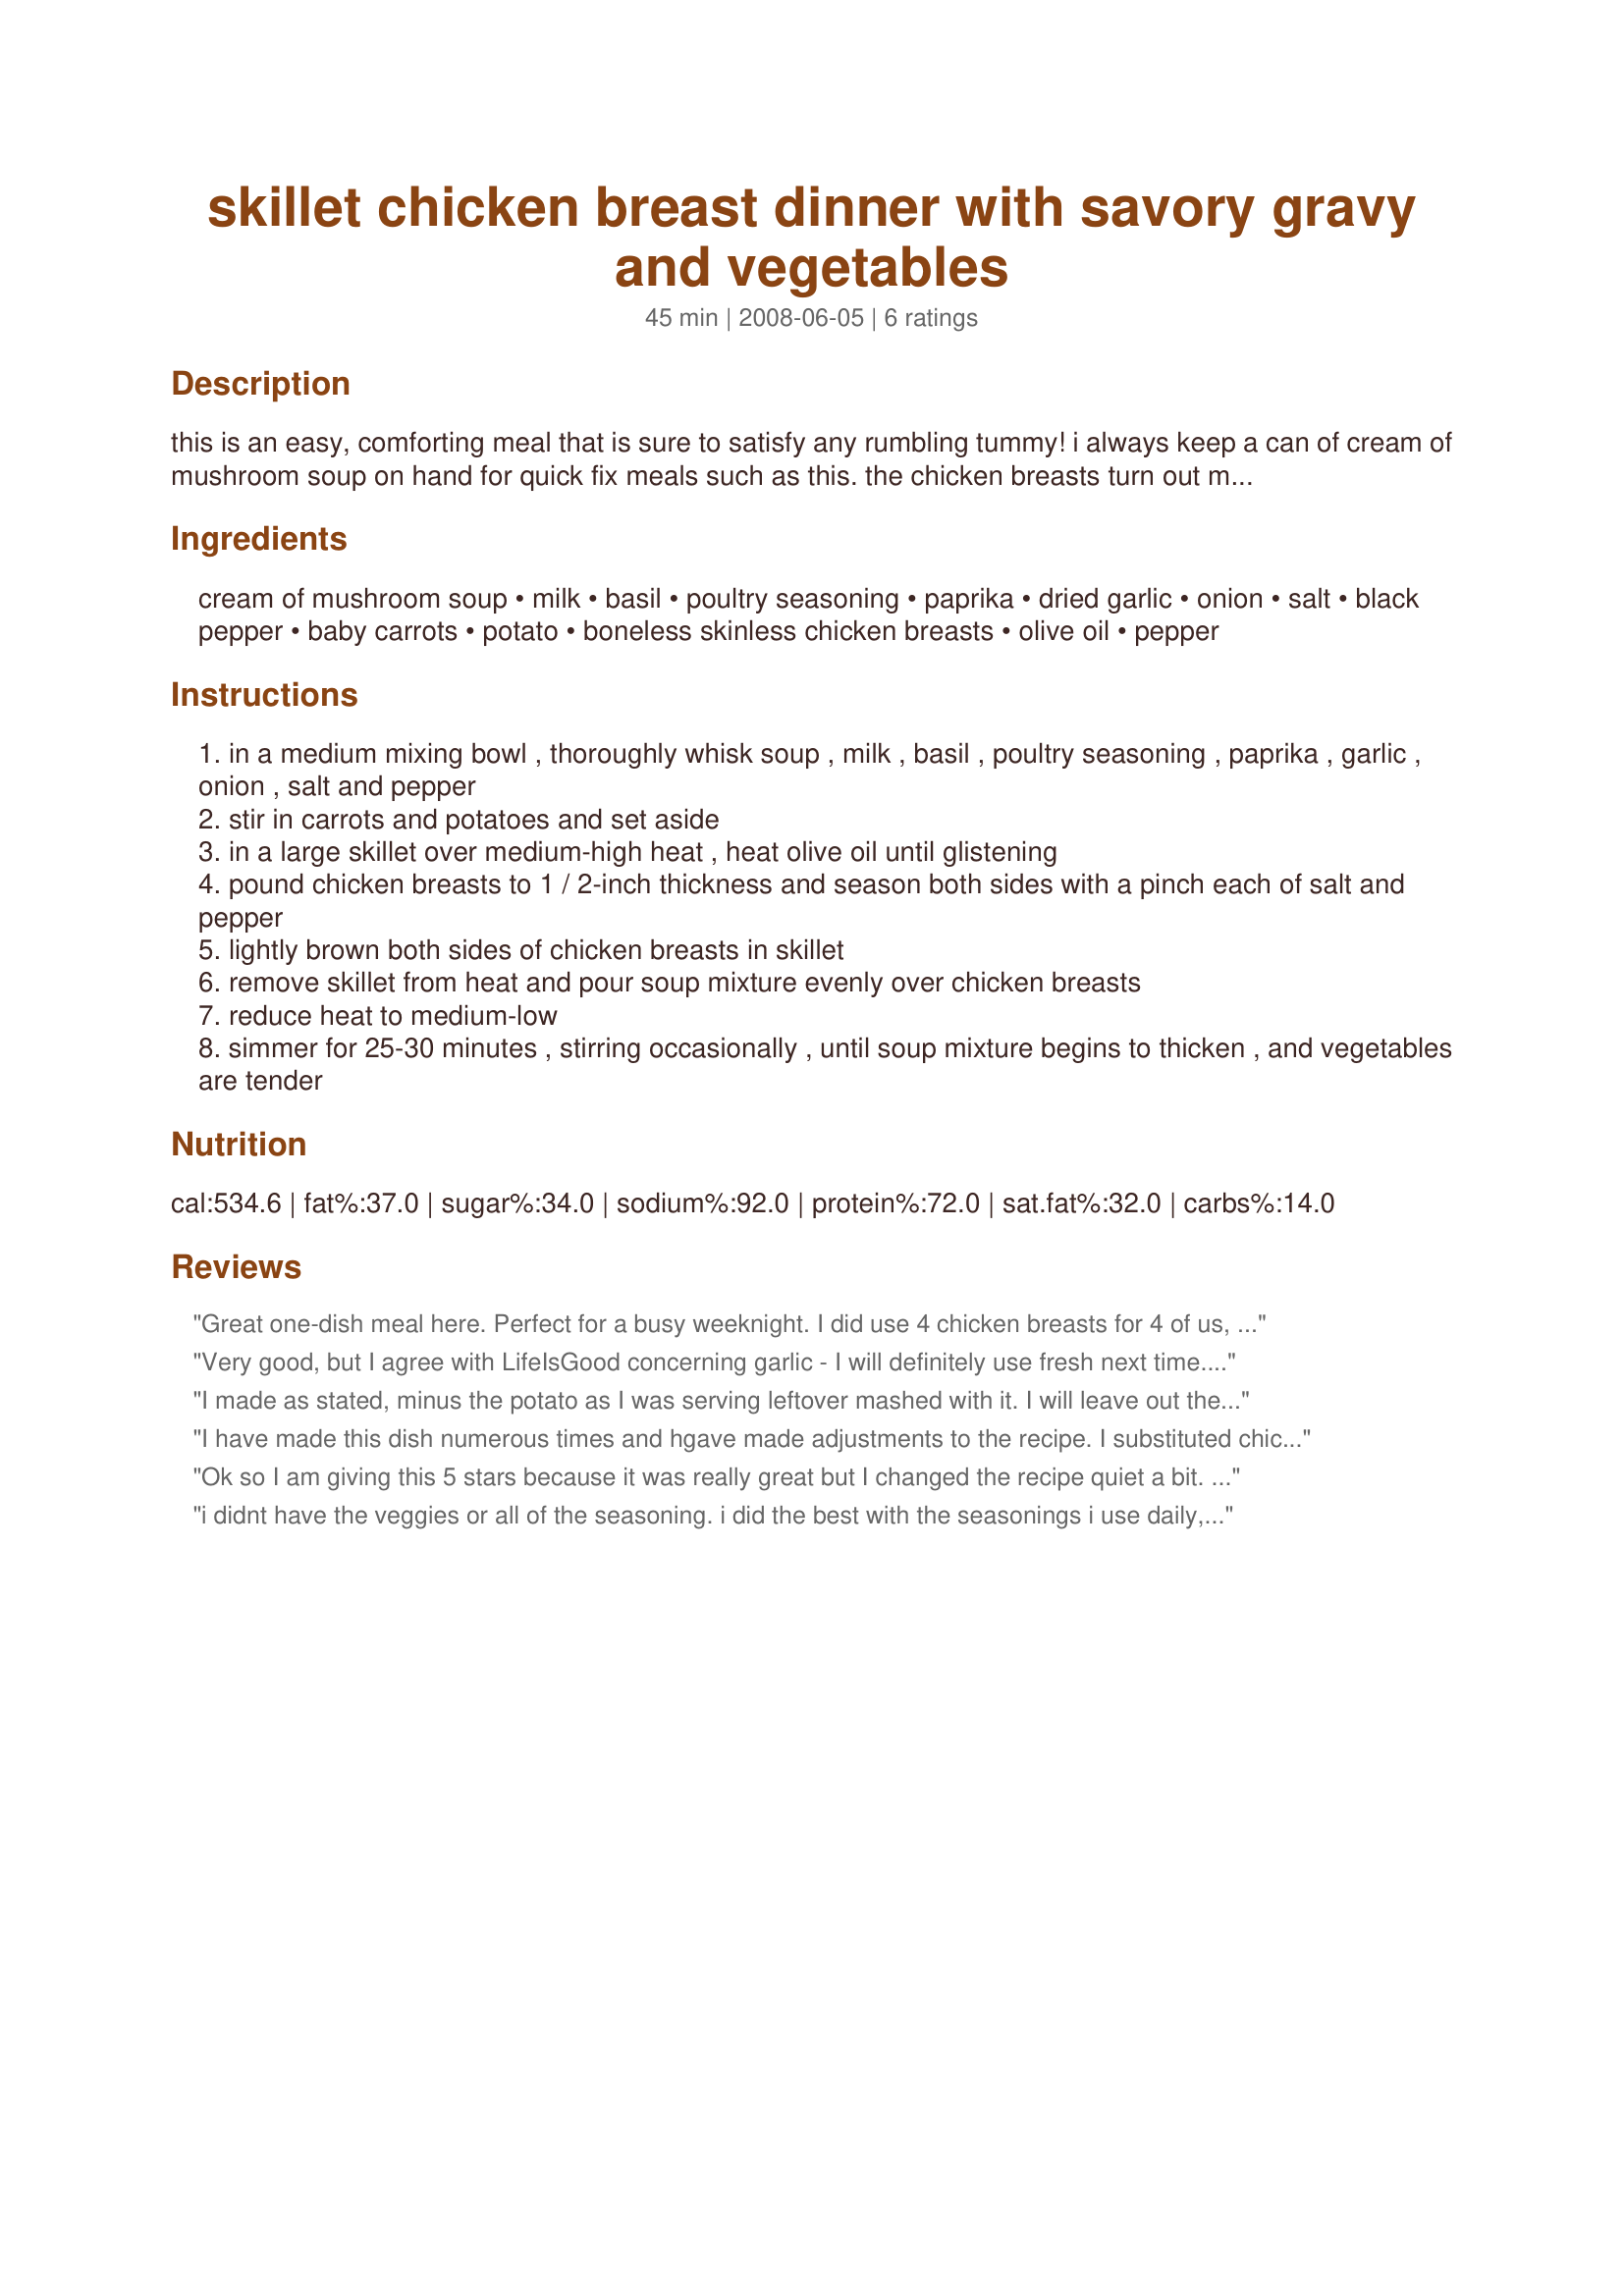
skillet chicken breast dinner with savory gravy and vegetables
Preparation time: 45 minutes

this is an easy, comforting meal that is sure to satisfy any rumbling tummy! i always keep a can of cream of mushroom soup on hand for quick fix meals such as this. the chicken breasts turn out moist and tender topped with savory gravy and vegetables. this meal is perfect for any busy weeknight and tastes like you spent all day cooking. my husband gives his approval, and i hope you will too. enjoy!

Ingredients:
cream of mushroom soup, milk, basil, poultry seasoning, paprika, dried garlic, onion, salt, black pepper, baby carrots, potato, boneless skinless chicken breasts, olive oil, pepper

Steps:
in a medium mixing bowl , thoroughly whisk soup , milk , basil , poultry seasoning , paprika , garlic , onion , salt and pepper
stir in carrots and potatoes and set aside
in a large skillet over medium-high heat , heat olive oil until glistening
pound chicken breasts to 1 / 2-inch thickness and season both sides with a pinch each of salt and pepper
lightly brown both sides of chicken breasts in skillet
remove skillet from heat and pour soup mixture evenly over chicken breasts
reduce heat to medium-low
simmer for 25-30 minutes , stirring occasionally , until soup mixture begins to thicken , and vegetables are tender

Reviews:
Great one-dish meal here. Perfect for a busy weeknight. I did use 4 chicken breasts for 4 of us, but kept all other ingredients the same. There was plenty of gravy and it was flavorful! I loved the ease of using the baby carrots. The only change I'll make next time is to either omit the dried garlic or use fresh. I didn't care for the flavor of the dried garlic in there, personally. I'll have to look into that Tastefully Simple's Garlic Garlic Seasoning Blend! I so appreciate those easy, one-dish meals and this one will go into my rotation. ~Made for Oct. Aussie/NZ Swap~
Very good, but I agree with LifeIsGood concerning garlic - I will definitely use fresh next time. Being on a weight-loss binge these days, I made a change to the recipe - I used dried Knorr cream of chicken soup instead of condensed cram of mushroom. The package made one liter of soup, and I used 400 ml of it as a substitute. It knocked about 100 calories off of each serving, if the nutritional info on the packet is to be believed. I think I shall add some sliced mushrooms as well. Thanks for a good recipe - I will keep this one in my Quick Chicken cookbook!
I made as stated, minus the potato as I was serving leftover mashed with it. I will leave out the garlic all together next time. I felt it over powered the sauce a bit. Also, the sauce makes enough for 4 chicken breasts. Made for TYM Tag Game. :)
I have made this dish numerous times and hgave made adjustments to the recipe. I substituted chicken broth for the milk and I also added peas to dish as well. I absolutely love this dish so much that I have shared it with my family and friends.<br/>I also added some red pepper flakes to give it some heat, which is a good thing for my family.
Ok so I am giving this 5 stars because it was really great but I changed the recipe quiet a bit. I used cream of chicken and minced garlic no onion no carrots and no potato but it still turned out soooo good. I bet the original recipe is very good as well. I served with mixed veggies and baked potato and the sauce was really good on the potato. Thanks for sharing
i didnt have the veggies or all of the seasoning. i did the best with the seasonings i use daily, and it still came out delicious. this recipe is so easy to follow, that tonight for dinner, there was not one piece of chicken breast left! i used Cream of Chicken, needs more milk or water, it didnt make enough gravy and it was a little thick. next time i will use 1 full soup can full of milk. i served it with smashed potatoes, and peas. the seasonings i used were olive oil and butter to brown them with. salt, pepper, Italian seasonings, adobo, and onion flakes (i dont like onions). i also cooked it in a pot instead of a pan, i fry a lot of stuff in my pot, if i am making gravy or sauce with the pan drippings.
